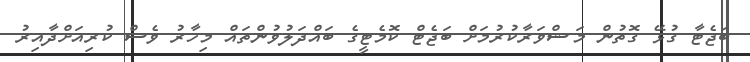
ބަޖެޓާ ގުޅޭ ގޮތުން މަޝްވަރާކުރުމަށް ބަޖެޓް ކޮމެޓީގެ ބައްދަލުވުންތައް މިހާރު ވެސް ކުރިއަށްދާއިރު